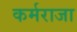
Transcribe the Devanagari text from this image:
कर्मराजा